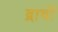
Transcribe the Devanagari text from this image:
द्रावों